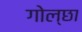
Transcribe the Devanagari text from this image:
गोल्छा